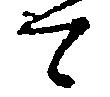
て